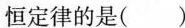
恒定律的是( )